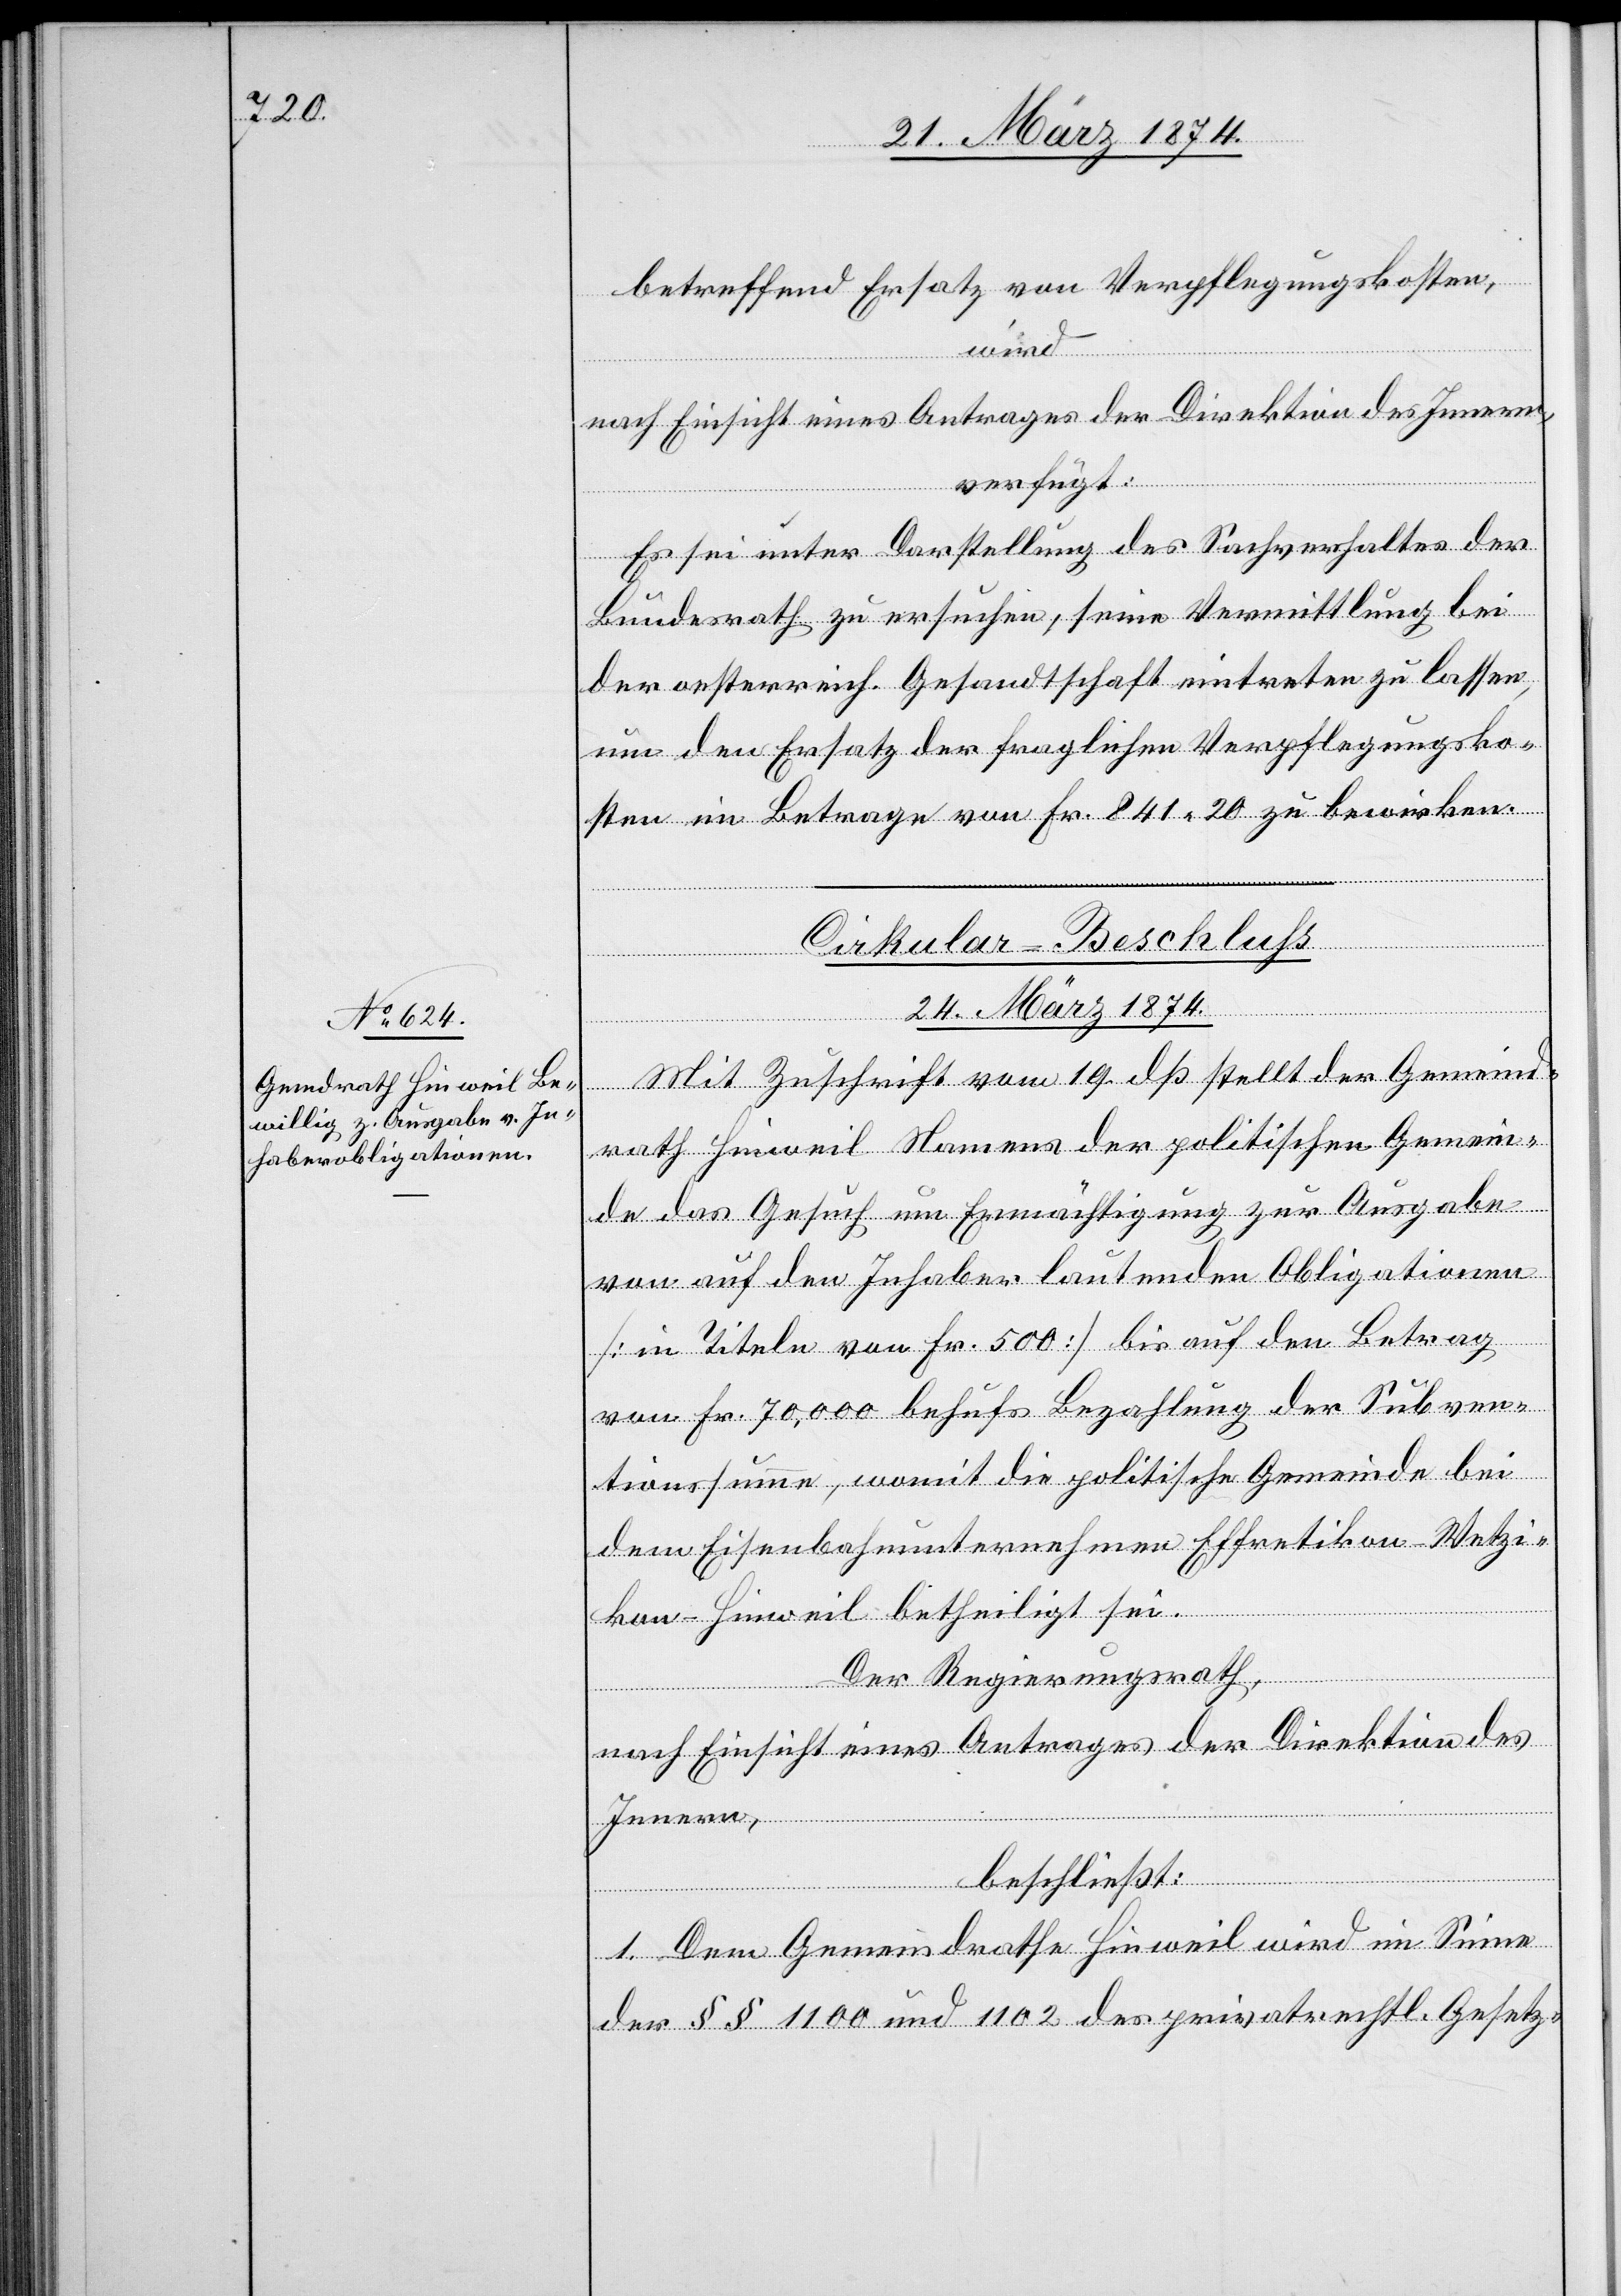
betreffend Ersatz von Verpflegungskosten,
wird
nach Einsicht eines Antrages der Direktion des Innern,
verfügt:
Es sei unter Darstellung des Sachverhaltes der
Bundesrath zu ersuchen, seine Vermittlung bei
der oesterreich. Gesandtschaft eintreten zu lassen,
um den Ersatz der fraglichen Verpflegungsko¬
sten im Betrage von Fr. 841.20 zu bewirken.
Cirkular-Beschluß
24. März 1874.
Mit Zuschrift vom 19. dß stellt der Gemeind¬
rath Hinweil Namens der politischen Gemein¬
de das Gesuch um Ermächtigung zur Ausgabe
von auf den Inhaber lautenden Obligationen
[in Titeln von Fr. 500] bis auf den Betrag
von Fr. 70,000 behufs Bezahlung der Subven¬
tionssumme, womit die politische Gemeinde bei
dem Eisenbahnunternehmen Effretikon Wetzi¬
kon-Hinweil betheiligt sei.
Der Regierungsrath,
nach Einsicht eines Antrages der Direktion des
Innern,
beschließt:
1. Dem Gemeindrathe Hinweil wird im Sinne
der §§ 1100 und 1102 des privatrechtl. Gesetz-